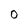
Character: 0